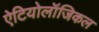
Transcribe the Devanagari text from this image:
ऐटियोलॉजिकल